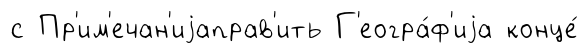
с Пр'им'ечан'иjаправ'ить Г'еогра́ф'иjа конце́